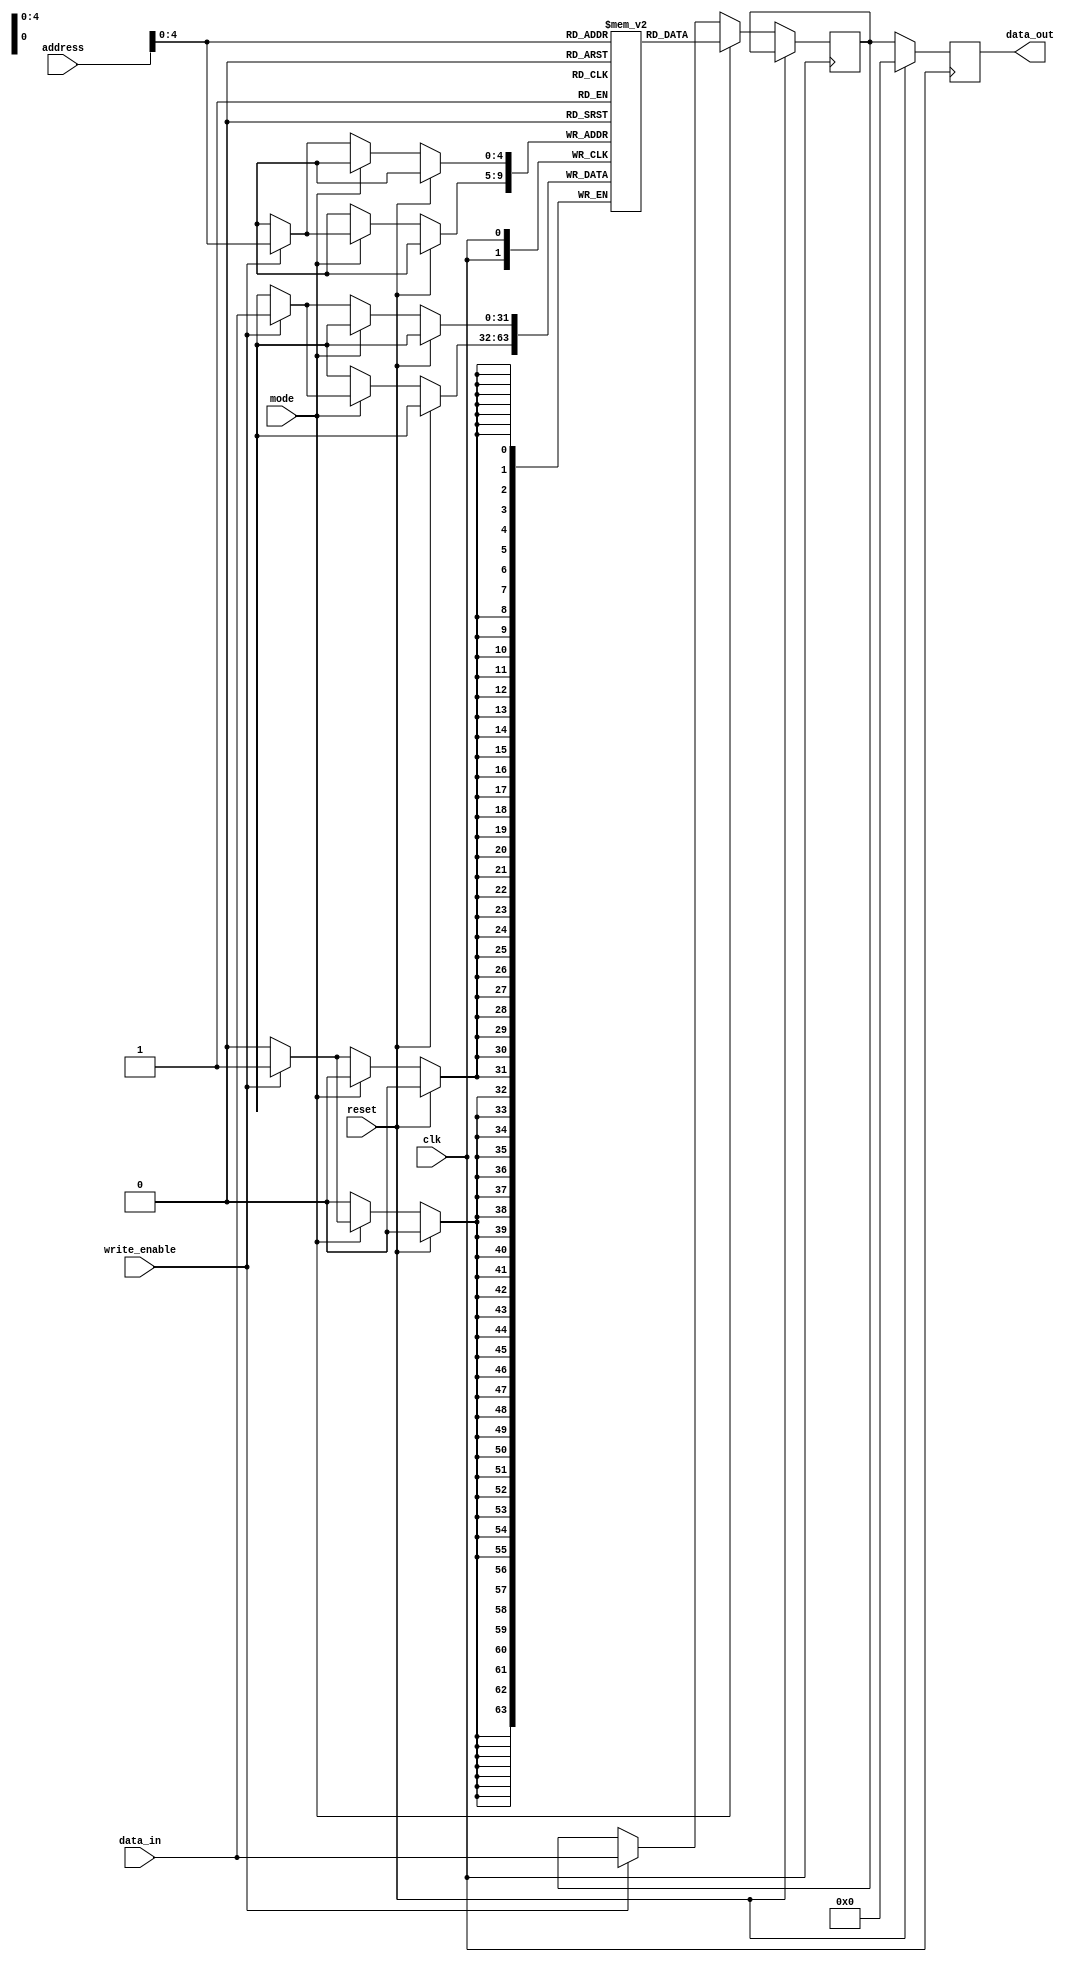
module VEDA(clk, reset, mode, write_enable, address, data_in, data_out);

  input clk, reset, mode, write_enable;
  input [5:0] address;
  input [31:0] data_in;
  
  output reg [31:0] data_out;
  reg [31:0] memory [31:0];
  reg [31:0] temp;
  
  always@(posedge clk) begin
    if(reset) begin
      data_out <= 0;
    end

    else begin
      data_out = temp;

      if(mode == 0) begin
        if(write_enable) begin
          memory[address] <= data_in;
          temp <= data_in;
        end
      end

      else if(mode == 1) begin
        temp = memory[address];
        if(write_enable) begin
          memory[address] <= data_in;
        end
      end
    end
  end
endmodule